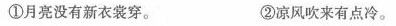
①月亮没有新衣裳穿。 ②凉风吹来有点冷。